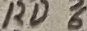
Text: RD6